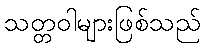
သတ္တဝါများဖြစ်သည်